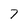
Character: 7